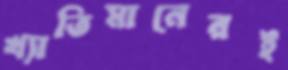
খ্যাতিমানেরই